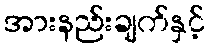
အားနည်းချက်နှင့်